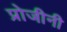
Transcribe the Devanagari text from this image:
प्रोजीनी